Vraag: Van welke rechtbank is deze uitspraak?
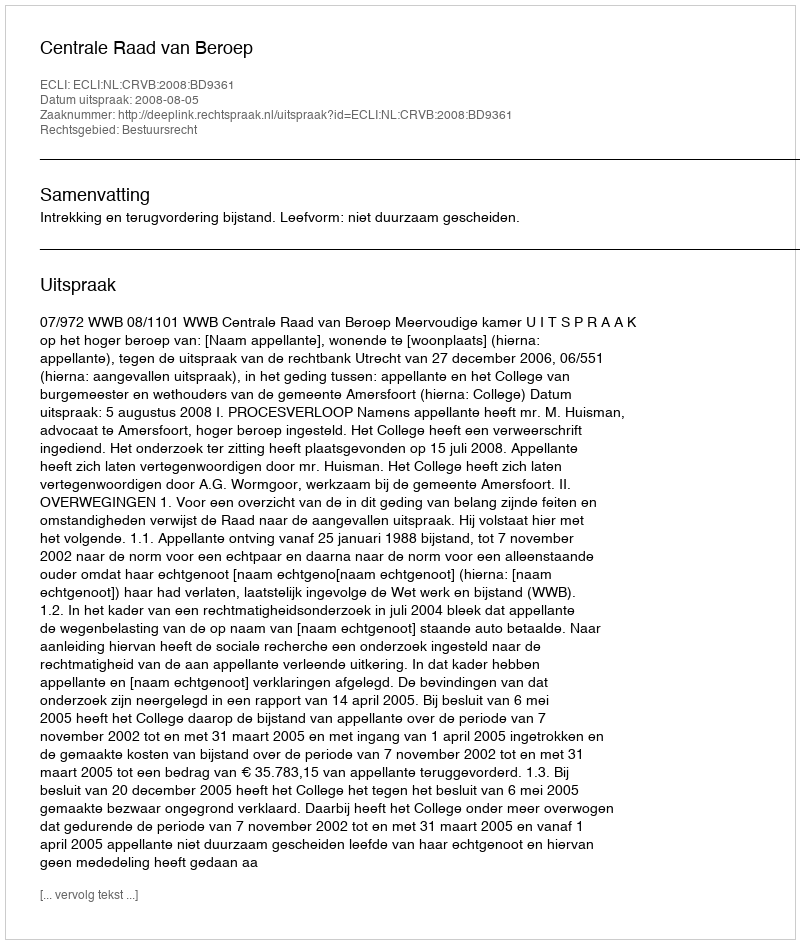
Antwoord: Centrale Raad van Beroep